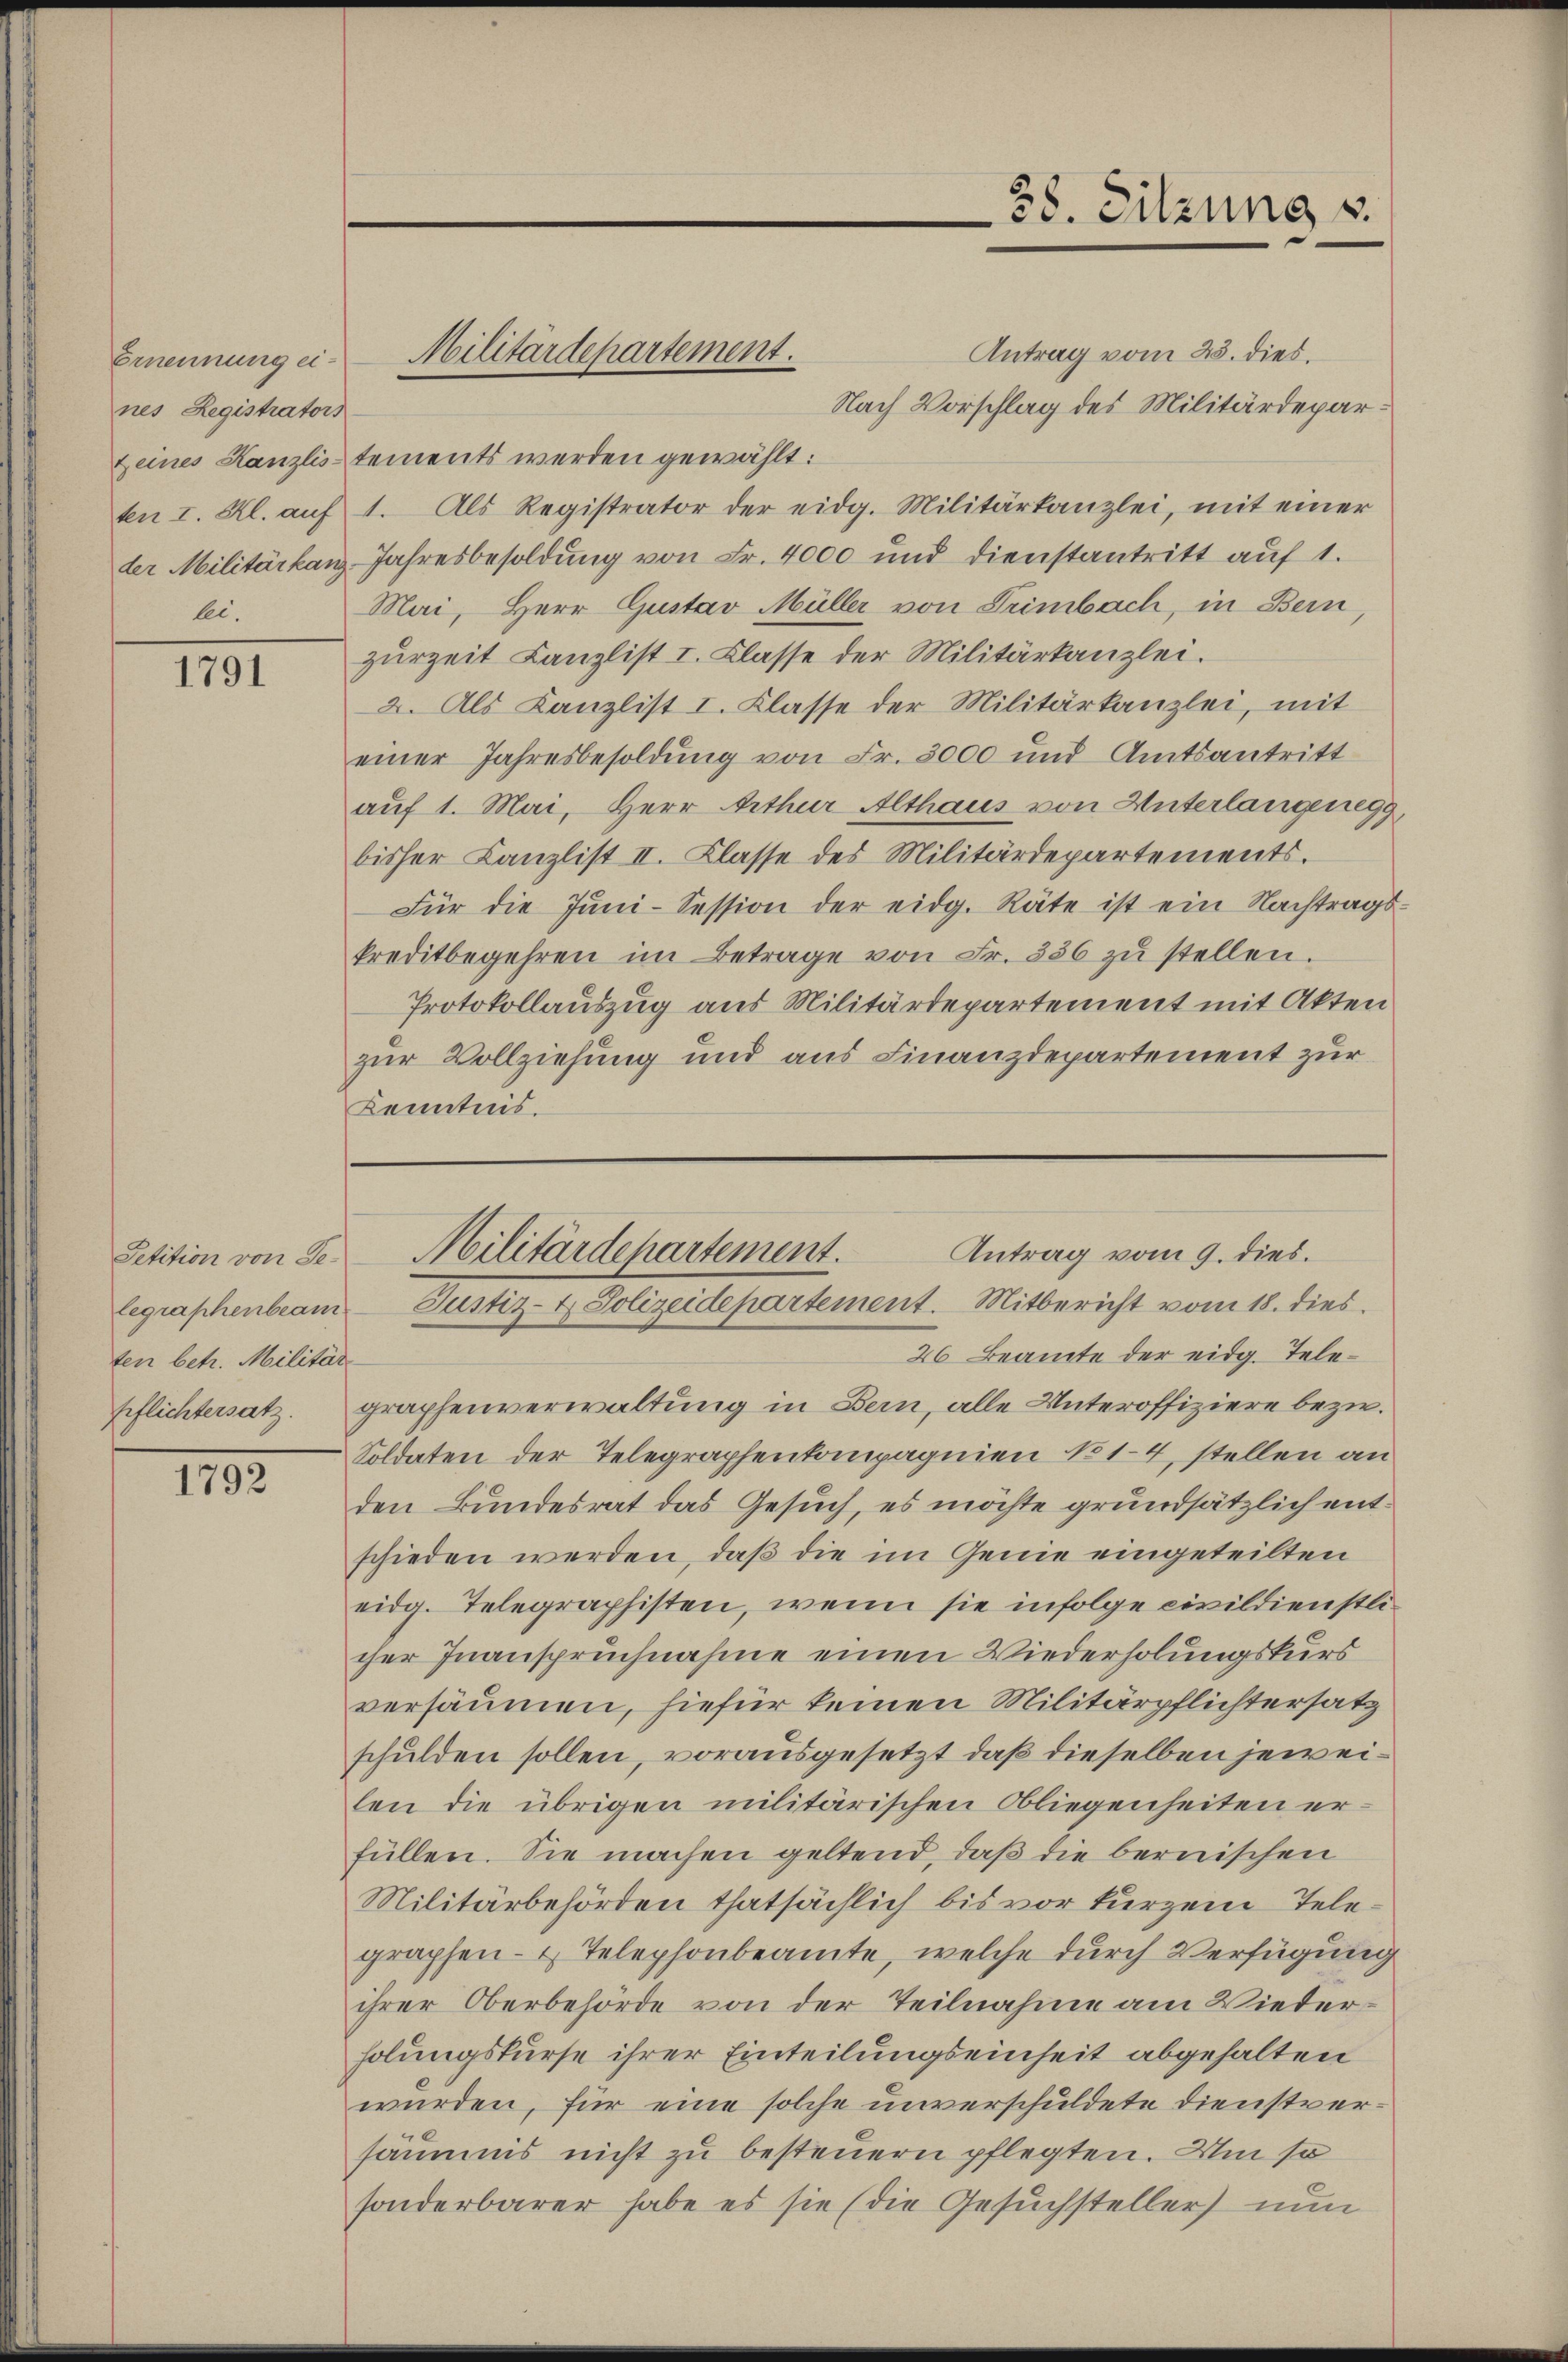
Ernennung eines Registrators
lei.

1791

Petition von Seten betr. Militär

1792.

Militärdepartement.

38. Sitzung v.

Antrag vom 25. dies.
Nach Vorschlag des Militärdeparzeines Kanzlistements werden gewählt:
ten I. Kl. aŭf 1. Als Registrator der eidg. Militärkanzlei, mit einer
der Militärkanz-Jahresbesoldung von Fr. 4000 und dienstantritt auf 1.
Mai, Herr Gustav Müller von Leimbach, in Bern,
zurzeit Canzlist I. Classe der Militärkanzlei.
2. Als Kanzlist I. Klasse der Militärkanzlei, mit
einer Jahresbesoldung von Fr. 3000 und Amtsantritt
auf 1. Mai, Herr Arthur Althaus von Unterlangenegg,
bisher Canzlist II. Klasse des Militärdepartements.
Für die Juni-Session der eidg. Räte ist ein Nachtrags-
kreditbegehren im Betrage von Fr. 336 zŭ stellen.
Protokollauszug aus Militärdepartement mit Akten
zur Vollziehung und aus Finanzdepartement zur
Kenntnis.

Antrag vom 9. dies.
Militärdepartement.
legraphenbeam Justiz- & Polizeidepartement. Mitbericht vom 18. dies

26 Beamte der eidg. Telepflichtersatz. graphenverwaltung in Bern, alle Unteroffiziere bezie¬
Soldaten der Telegraphenkompagnien No 14, stellen an
den Bundesrat das Gesuch, es möchte grundsätzlich entschieden werden, daß die im Genie eingeteilten
eidg. Telegraphisten, wenn sie infolge civildienstlicher Inanspruchnahme einen Wiederholungskurs
versäumen, hiefür keinen Militärpflichtersatz
schulden sollen, vorausgesetzt, daß dieselben jeweilen die übrigen militärischen Obliegenheiten er
füllen. Sie machen geltend, daß die bernischen
Militärbehörden thatsächlich bis vor kurzem Telegraphen- & Telephonbeamte, welche durch Verfügung
ihrer Oberbehörde von der Teilnahme am Wiederholungskurse ihrer Einteilungseinheit abgehalten
wurden, für eine solche unverschuldete Dienstversäumis nicht zu besteuern pflegten. Um so
sonderbarer habe es sie (die Gesuchsteller nun